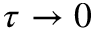
\tau \rightarrow 0